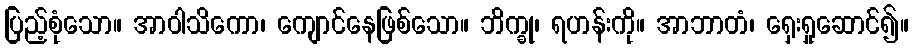
ပြည့်စုံသော။ အာဝါသိကော၊ ကျောင်နေဖြစ်သော။ ဘိက္ခု၊ ရဟန်းကို။ အာဘာတံ၊ ရှေးရှုဆောင်၍။